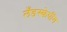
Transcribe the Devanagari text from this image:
लँडस्केपींग